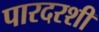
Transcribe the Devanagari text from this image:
पारदरशी